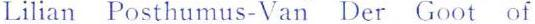
Lilian Posthumus-Van Der Goot of